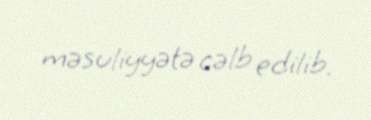
məsuliyyətə cəlb edilib.